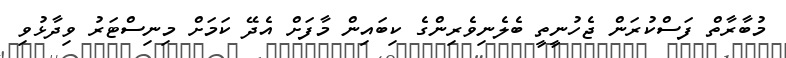
މުބާރާތް ފަސްކުރަން ޖެހުނީތީ ބެލެނިވެރިންގެ ކިބައިން މާފަށް އެދޭ ކަމަށް މިނިސްޓަރު ވިދާޅުވި